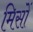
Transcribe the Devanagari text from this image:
मिसों